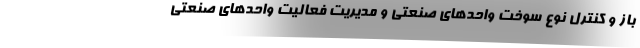
باز و کنترل نوع سوخت واحد‌های صنعتی و مدیریت فعالیت واحد‌های صنعتی